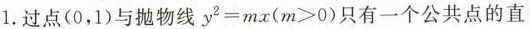
1.过点(0，1)与抛物y^{2}=mx(m>0)只有一个公共点的直